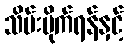
သိမ်းပိုက်ရန်နှင့်